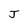
Character: J